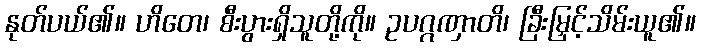
နုတ်ပယ်၏။ ဟိတေ၊ စီးပွားရှိသူတို့ကို။ ဥပဂ္ဂဏှာတိ၊ ခြီးမြှင့်သိမ်းယူ၏။